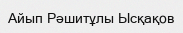
Айып Рәшитұлы Ысқақов